Vaccination United Provinces of Agra and Oudh 1914-1922 - 1914-1922
Year: 1914
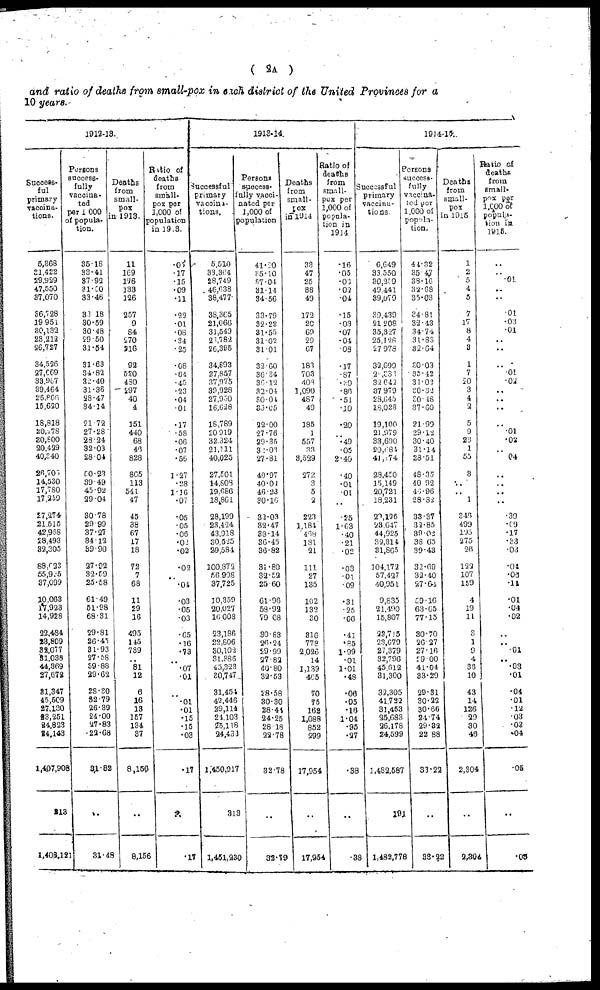
( 2A )
and ratio of deaths from small-pox in each district of the United Provinces for a
10 years.
1912-13.
Success¬
ful
primary
vaccina-
tions.
5,368
31,422
29,929
47,550
37,070
36,728
19,951
30,132
28,212
26,727
34,526
27,669
33,967
39,464
26,866
15,620
18,818
20,278
30,800
20,429
40,340
26,705
14,530
17,780
17,259
27,274
21,515
42,968
28,493
32,305
88,623
55,925
37,099
10,063
17,923
14,928
22,484
23.809
32.077
31,038
44,369
27,672
31,347
45,509
27,130
23,251
24,823
24,143
1,407,908
213
1,408,121
Persons
success¬
fully
vaccina-
ted
per 1,000
of popula¬
tion.
35.18
33.41
37.92
31.50
33.46
33.18
30.59
30.48
29.50
31.54
31.63
34.82
32.40
31.36
28.47
34.14
21.72
27.28
28.24
32.03
28.04
50.23
39.49
45.92
29.04
30.78
29.99
37.27
34.12
39.90
27.92
32.59
25.58
61.49
51.98
68.31
29.81
26.45
31.93
27.58
89-83
29.62
28.30
32.79
26.39
24.00
27.83
22.68
31.82
..
31.48
Deaths
from
small-
pox
in 1913.
11
169
116
133
126
257
9
84
270
216
92
520
480
297
40
4
151
440
68
46
828
865
113
541
47
45
38
67
17
18
72
7
68
11
29
16
495
145
739
..
81
12
6
16
13
157
134
37
8,156
..
8,156
Ratio of
deaths
from
small¬
pox per
1,000 of
population
in 1913.
.05
.17
.15
.09
.11
.22
.01
.08
.34
.25
.68
.64
.45
.23
.04
.01
.17
.58
.06
.07
.56
1.27
.28
1.16
.07
.05
05
.06
.02
.02
.02
..
.04
.03
.05
.03
.65
.16
.73
..
.07
.01
..
.01
.01
.15
.15
.03
.17
..
.17
1913-14.
Successful
primary
vaccina¬
tions.
5,510
33,364
28,749
46,638
38,477
38,365
21,066
31,549
23,782
26,385
34,893
27,857
37,975
39,928
27,950
16,628
18,789
20,919
32,324
21,111
40,025
27,501
14,808
19,686
18,861
28,199
23,424
43,918
30,525
20,584
100,372
56,908
37,725
10,359
20,027
16.008
23,186
22,806
30,102
31,386
45,323
30,747
31,454
42,446
29,114
24,103
25,118
24,433
1,450,917
319
l,45l,230
Persons
success¬
fully vacci¬
nated per
1,000 of
population
41.20
35.10
37.04
31.14
34.56
33.79
32.22
31.55
31.02
31.01
32.60
36.34
36.12
32.04
30.04
35.05
22.00
27.76
29.35
32.03
27.81
49.97
40.01
40.23
30.16
32.03
32.47
38.14
36.45
36.82
31.80
32.52
25.60
61.96
58.92
79.08
39.83
26.24
29.99
27.82
40.80
32.53
28.58
30.30
28.44
24.25
28.18
22.78
32.78
..
32.19
Deaths
from
small¬
pox
in1914
33
47
25
38
49
172
20
69
29
67
183
703
408
1,090
487
49
185
1
557
33
3,529
272
3
5
2
223
1,184
468
181
21
111
27
135
102
132
30
316
779
2,026
14
1,139
465
70
75
162
1,088
852
299
17,954
..
17,954
Ratio of
deaths
from
small¬
pox per
1,000 of
popula-
tion in
1914
.16
.05
.03
.02
.04
.15
.03
.07
.04
08
.17
.87
.39
.86
.51
.10
.20
..
.49
.05
2.40
.40
.01
.01
..
.25
1.63
.40
.21
.02
.03
.01
.09
.31
.25
.06
.41
.85
1.99
.01
1.01
.48
.06
.05
.16
1.04
.95
.27
.38
..
.38
1914-15.
Successful
primary
vaccina-
tions
6,649
33,550
30,259
49,441
39,079
39,439
21,208
35,327
25,128
27,978
32,699
2 ,333
32,642
37,979
28,645
18,023
19,100
21,979
33,690
20,684
41,174
28,450
15,149
20,721
18,231
20,196
23,647
44,925
32,314
31,865
104,172
57,427
40,951
9,835
21,490
15,807
22,715
23,679
27,379
32,796
45,612
31,300
33,305
41,722
31,453
25.683
26,178
24,599
1,482,587
191
1,482,778
Persons
success-
fully
vaccina¬
ted per
1,000 of
popula¬
tion.
41.32
35.47
38.16
32.68
35.03
34.81
32.43
34.74
31.83
32.64
30.03
35.42
31.02
30.32
30.48
37.60
21.99
29.12
30.40
31.14
23.51
48.35
40.92
46.96
28.32
33.37 1
32.85
39.02
38.65
39.43
32.69
32.40
27.64
59.16
63.65
77.15
30.70
26.27
27.16
29.00
41.04
33.29
29.31
30.22
30.66
24.74
29.32
22.88
33.22
..
33.22
Deaths
from
small-
pox
in 1915
1
2
5
4
5
7
17
8
4
3
1
7
20
3
4
2
5
9
23
1
55
3
..
..
1
346
499
195
275
26
122
107
159
4
19
11
3
1
9
4
36
10
43
14
126
29
30
46
2,304
..
2,304
Ratio of
deaths
from
small¬
pox per
1,000 of
popula-
tion in
1915.
..
..
.01
..
..
.01
.03
.01
..
..
..
.01
.02
..
..
..
..
.01
.02
..
.04
..
..
..
..
.39
.09
.17
.33
.03
.04
.06 .11
.01
.04
.02
..
..
.01
..
.03
.01
.04
.01
.12
.03
.03
.04
.05
..
.05